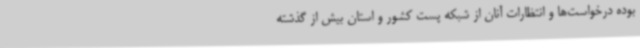
بوده درخواست‌ها و انتظارات آنان از شبکه پست کشور و استان بیش از گذشته